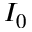
I _ { 0 }